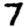
Digit: 7